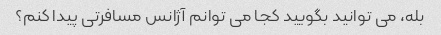
بله، می توانید بگویید کجا می توانم آژانس مسافرتی پیدا کنم؟